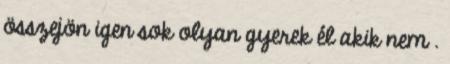
összejön igen sok olyan gyerek él akik nem .